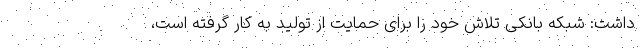
داشت: شبکه بانکی تلاش خود را برای حمایت از تولید به کار گرفته است،